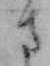
さ